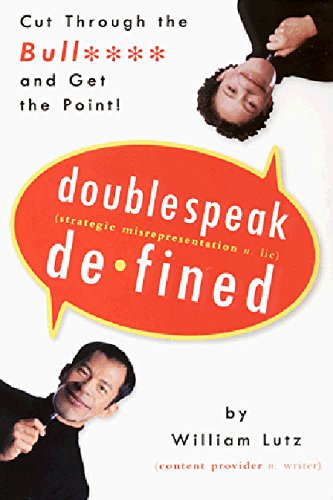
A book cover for Doublespeak Defined; William D. Lutz; Reference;